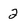
Character: 2